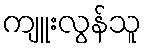
ကျူးလွန်သူ